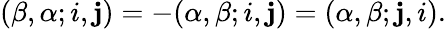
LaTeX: (\beta,\alpha;i,\mathbf{j})=-(\alpha,\beta;i,\mathbf{j})=(\alpha,\beta;\mathbf{j},i).